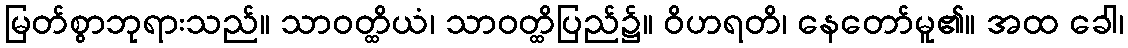
မြတ်စွာဘုရားသည်။ သာဝတ္ထိယံ၊ သာဝတ္ထိပြည်၌။ ဝိဟရတိ၊ နေတော်မူ၏။ အထ ခေါ၊